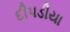
દીપડીયા